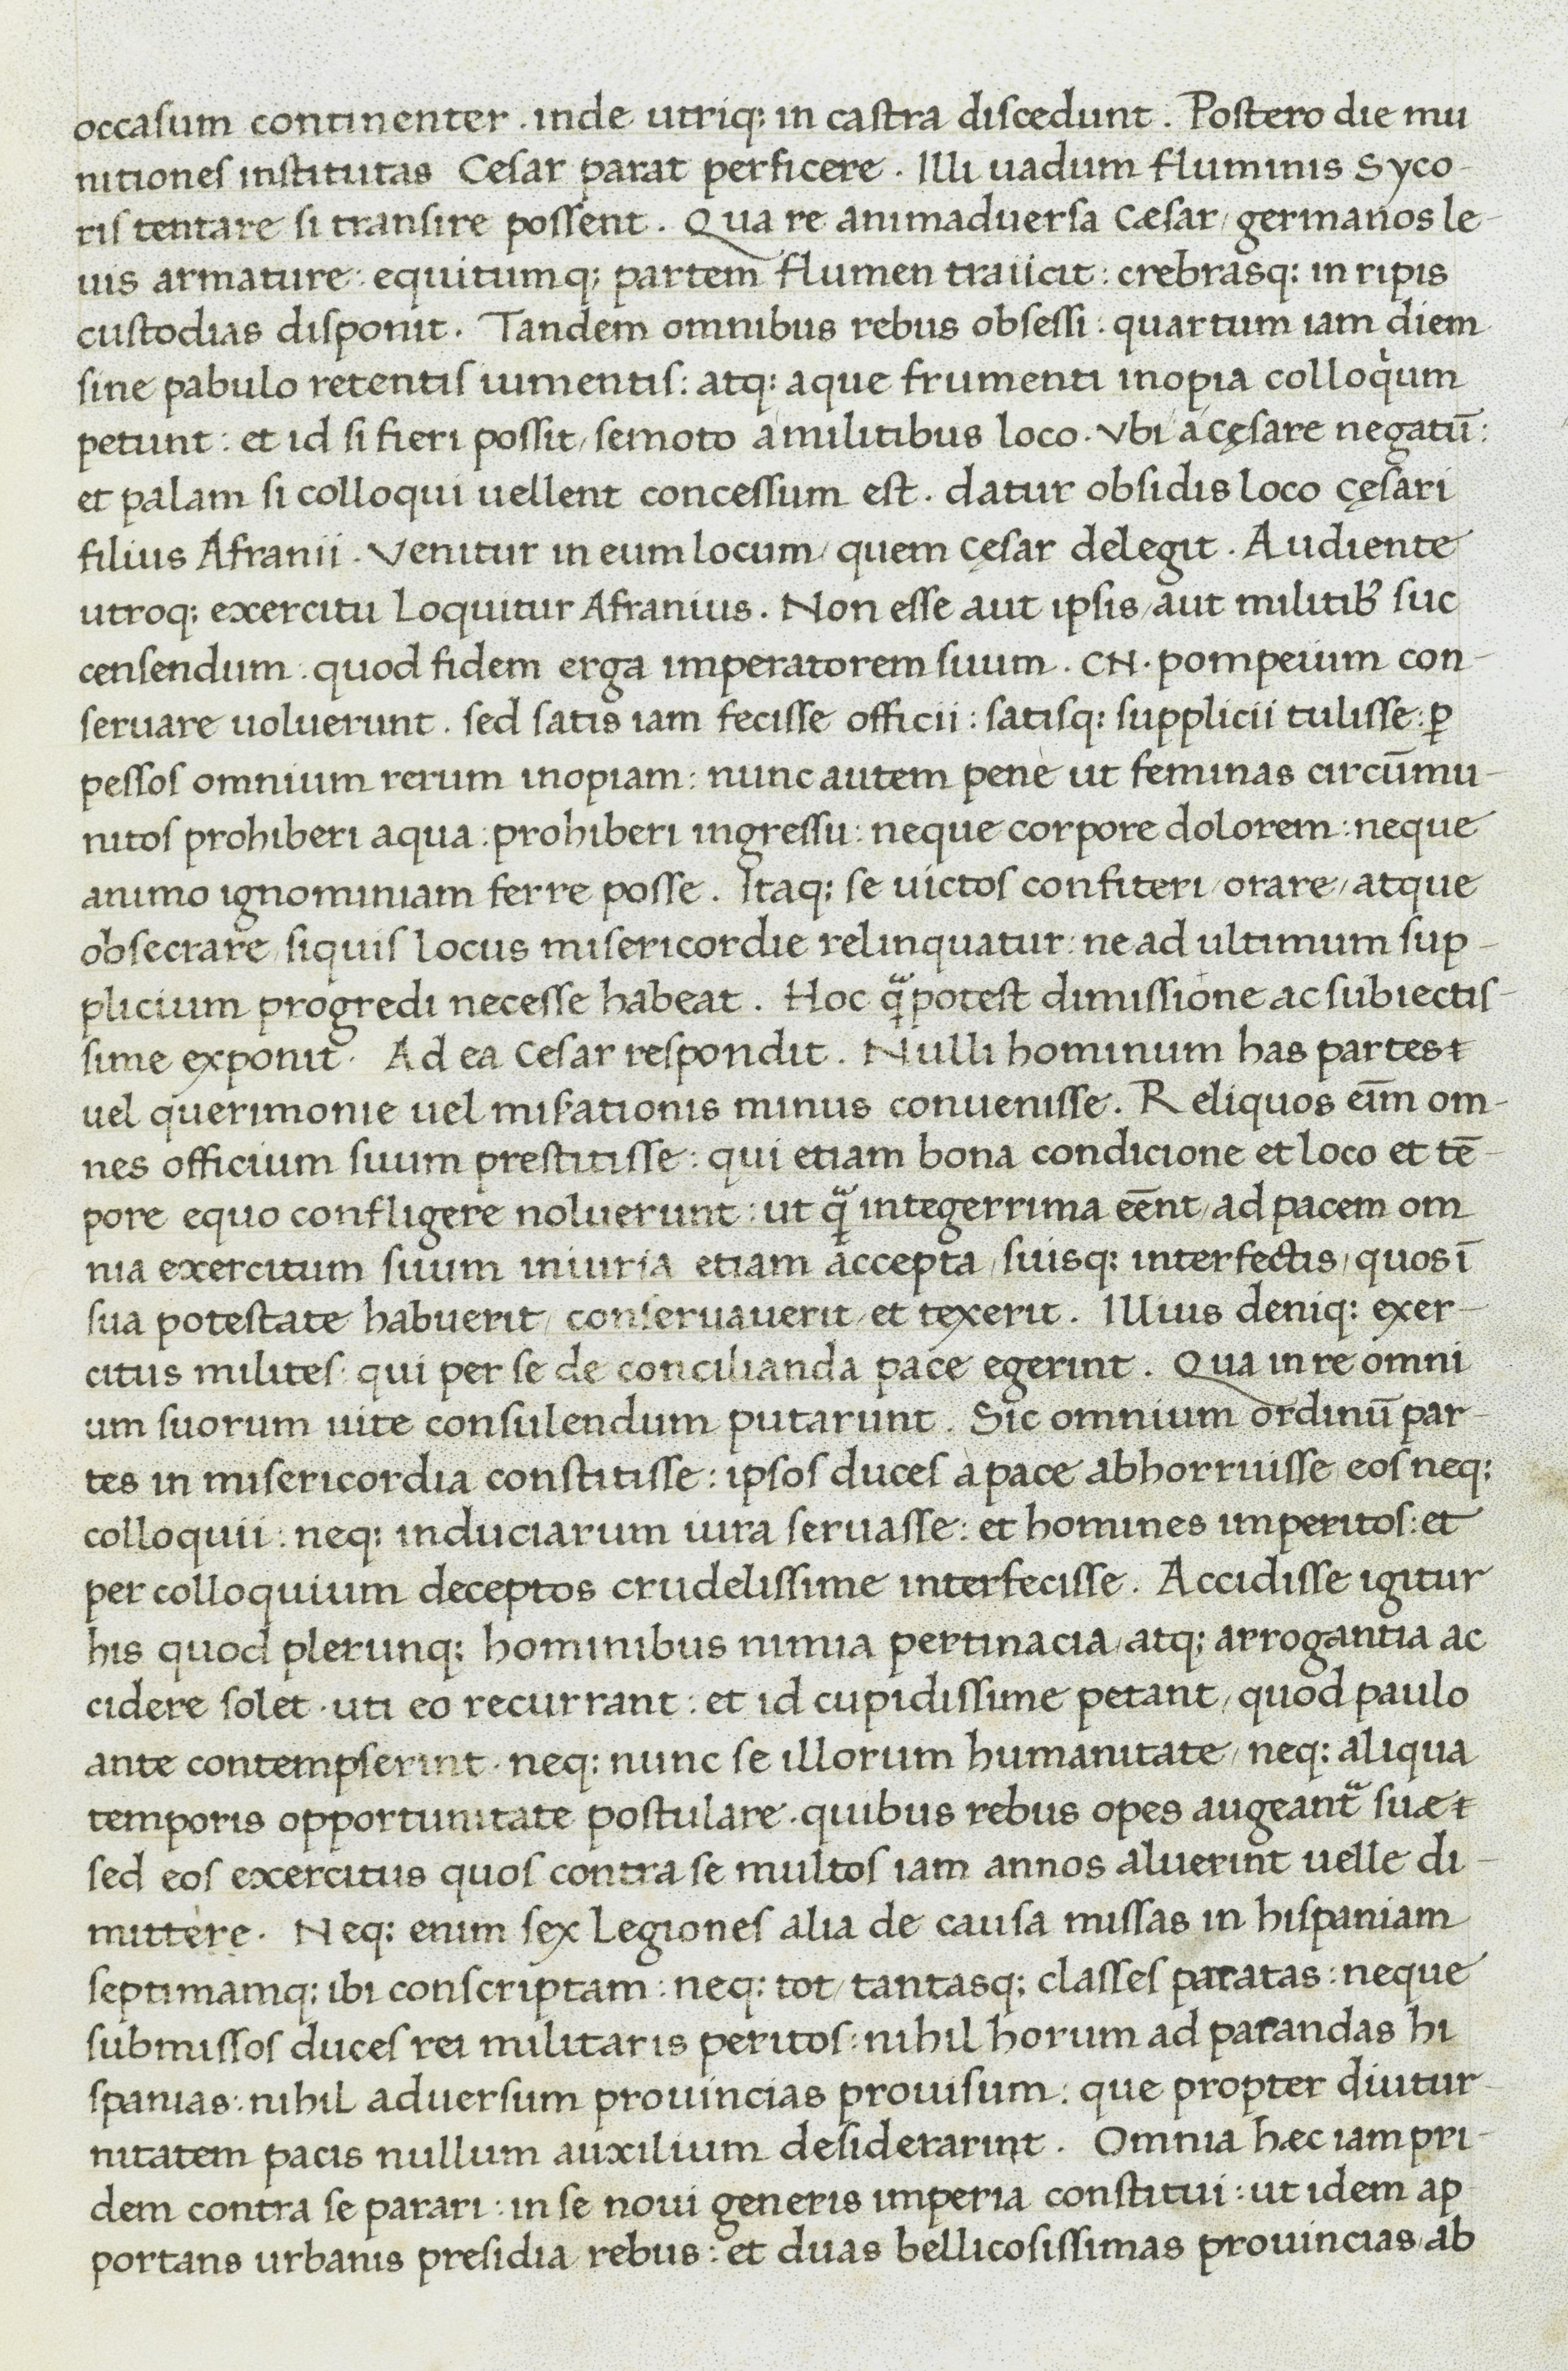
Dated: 1400–1499